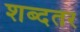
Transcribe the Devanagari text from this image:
शब्दतर